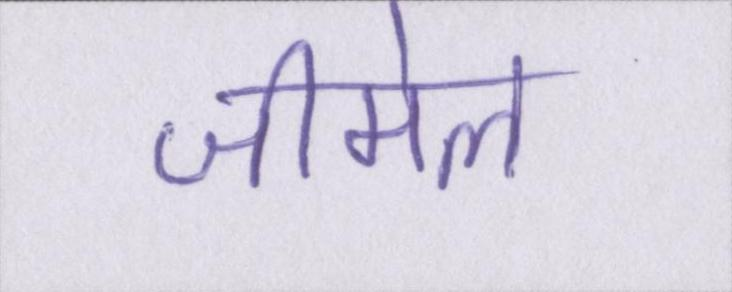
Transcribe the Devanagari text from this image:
जीमेल